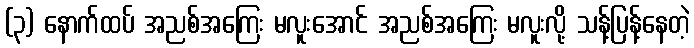
(၃) နောက်ထပ် အညစ်အကြေး မလူးအောင် အညစ်အကြေး မလူးလို့ သန့်ပြန့်နေတဲ့